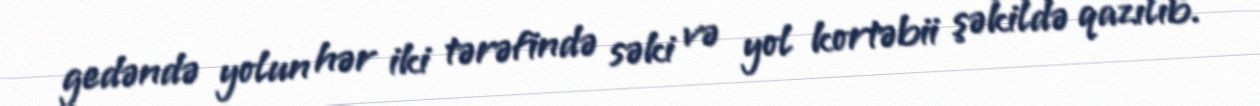
gedəndə yolun hər iki tərəfində səki və yol kortəbii şəkildə qazılıb.